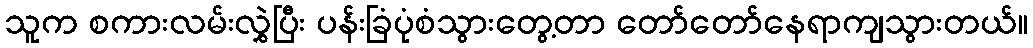
သူက စကားလမ်းလွှဲပြီး ပန်းခြံပုံစံသွားတွေ့တာ တော်တော်နေရာကျသွားတယ်။